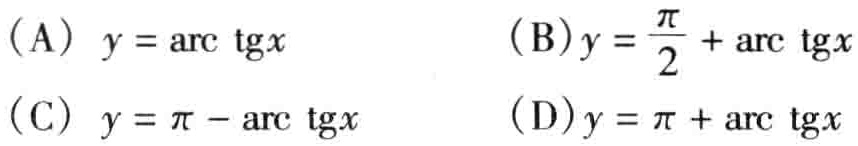
(A) \(y = \mathrm{arc}\,\mathrm{tg}x\)  (B) \(y = \frac{\pi}{2}+\mathrm{arc}\,\mathrm{tg}x\)

(C) \(y = \pi - \mathrm{arc}\,\mathrm{tg}x\)  (D) \(y = \pi+\mathrm{arc}\,\mathrm{tg}x\)